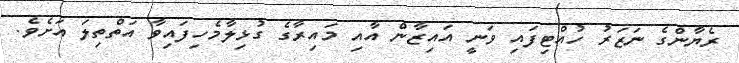
ރެޔާންގެ ނަޒަރު ހުއްޓިފައި ވަނީ އައިޒާން އާއި މައިރާގެ ގުޅިލާމެހިފައިވާ އަތްތިލަ އަށެވެ.